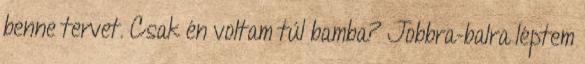
benne tervet. Csak én voltam túl bamba? Jobbra-balra léptem